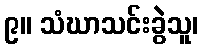
၉။ သံဃာသင်းခွဲသူ၊